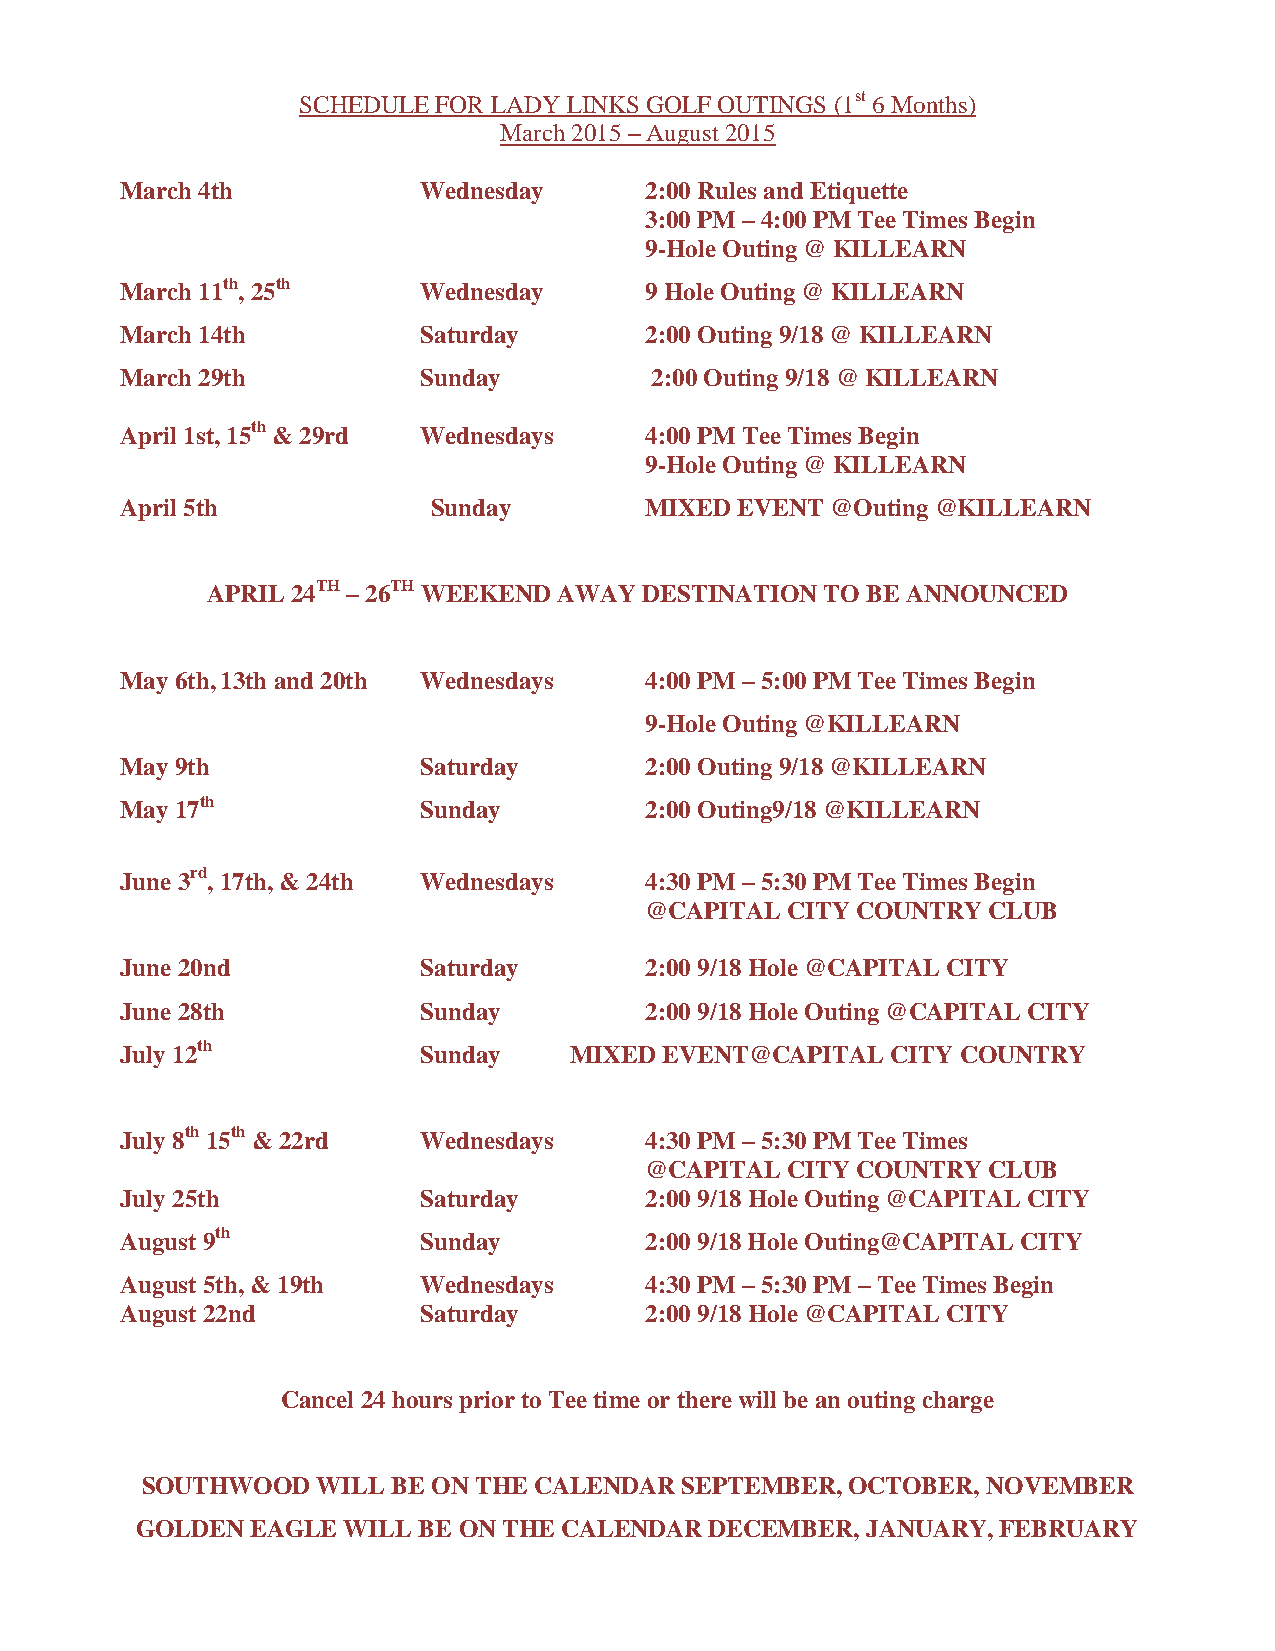
SCHEDULE FOR LADY LINKS GOLF OUTINGS (1st 6 Months)
 March 2015 – August 2015
 March 4th           Wednesday      2:00 Rules and Etiquette
 3:00 PM – 4:00 PM Tee Times Begin
 9-Hole Outing @ KILLEARN
 March 11th, 25th    Wednesday      9 Hole Outing @ KILLEARN
 March 14th          Saturday       2:00 Outing 9/18 @ KILLEARN
 March 29th          Sunday         2:00 Outing 9/18 @ KILLEARN
 April 1st, 15th & 29rd Wednesdays  4:00 PM Tee Times Begin
 9-Hole Outing @ KILLEARN
 April 5th            Sunday        MIXED EVENT @Outing @KILLEARN
 APRIL 24TH – 26TH WEEKEND AWAY DESTINATION TO BE ANNOUNCED
 May 6th, 13th and 20th Wednesdays  4:00 PM – 5:00 PM Tee Times Begin
 9-Hole Outing @KILLEARN
 May 9th             Saturday       2:00 Outing 9/18 @KILLEARN
 May 17th            Sunday         2:00 Outing9/18 @KILLEARN
 June 3rd, 17th, & 24th Wednesdays  4:30 PM – 5:30 PM Tee Times Begin
 @CAPITAL CITY COUNTRY CLUB
 June 20nd           Saturday       2:00 9/18 Hole @CAPITAL CITY
 June 28th           Sunday         2:00 9/18 Hole Outing @CAPITAL CITY
 July 12th           Sunday    MIXED EVENT@CAPITAL  CITY COUNTRY
 July 8th 15th & 22rd Wednesdays    4:30 PM – 5:30 PM Tee Times
 @CAPITAL CITY COUNTRY CLUB
 July 25th           Saturday       2:00 9/18 Hole Outing @CAPITAL CITY
 August 9th          Sunday         2:00 9/18 Hole Outing@CAPITAL CITY
 August 5th, & 19th  Wednesdays     4:30 PM – 5:30 PM – Tee Times Begin
 August 22nd         Saturday       2:00 9/18 Hole @CAPITAL CITY
 Cancel 24 hours prior to Tee time or there will be an outing charge
 SOUTHWOOD   WILL BE ON THE CALENDAR SEPTEMBER, OCTOBER, NOVEMBER
 GOLDEN  EAGLE WILL BE ON THE CALENDAR DECEMBER, JANUARY, FEBRUARY